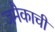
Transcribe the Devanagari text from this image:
जमैकाची